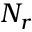
N _ { r }